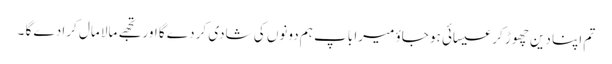
تم اپنا دین چھوڑ کر عیسائی ہو جاؤ میرا باپ ہم دونوں کی شادی کر دے گا اور تجھے مالا مال کرا دے گا ۔